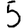
Digit: 5